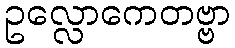
ဥလ္လောကေတဗ္ဗာ